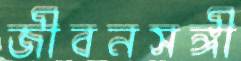
জীবনসঙ্গী